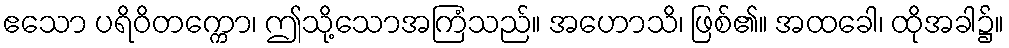
ဧသော ပရိဝိတက္ကော၊ ဤသို့သောအကြံသည်။ အဟောသိ၊ ဖြစ်၏။ အထခေါ၊ ထိုအခါ၌။